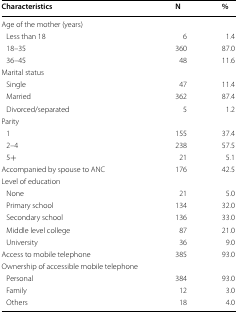
<table><thead><tr><td><b>Characteristics</b></td><td><b>N</b></td><td><b>%</b></td></tr></thead><tbody><tr><td colspan="3">Age of the mother (years)</td></tr><tr><td> Less than 18</td><td>6</td><td>1.4</td></tr><tr><td> 18–35</td><td>360</td><td>87.0</td></tr><tr><td> 36–45</td><td>48</td><td>11.6</td></tr><tr><td colspan="3">Marital status</td></tr><tr><td> Single</td><td>47</td><td>11.4</td></tr><tr><td> Married</td><td>362</td><td>87.4</td></tr><tr><td> Divorced/separated</td><td>5</td><td>1.2</td></tr><tr><td colspan="3">Parity</td></tr><tr><td> 1</td><td>155</td><td>37.4</td></tr><tr><td> 2–4</td><td>238</td><td>57.5</td></tr><tr><td> 5+</td><td>21</td><td>5.1</td></tr><tr><td>Accompanied by spouse to ANC</td><td>176</td><td>42.5</td></tr><tr><td colspan="3">Level of education</td></tr><tr><td> None</td><td>21</td><td>5.0</td></tr><tr><td> Primary school</td><td>134</td><td>32.0</td></tr><tr><td> Secondary school</td><td>136</td><td>33.0</td></tr><tr><td> Middle level college</td><td>87</td><td>21.0</td></tr><tr><td> University</td><td>36</td><td>9.0</td></tr><tr><td>Access to mobile telephone</td><td>385</td><td>93.0</td></tr><tr><td colspan="3">Ownership of accessible mobile telephone</td></tr><tr><td> Personal</td><td>384</td><td>93.0</td></tr><tr><td> Family</td><td>12</td><td>3.0</td></tr><tr><td> Others</td><td>18</td><td>4.0</td></tr></tbody></table>